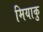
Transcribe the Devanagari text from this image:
मियाकु